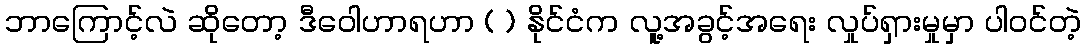
ဘာကြောင့်လဲ ဆိုတော့ ဒီဝေါဟာရဟာ ( ) နိုင်ငံက လူ့အခွင့်အရေး လှုပ်ရှားမှုမှာ ပါဝင်တဲ့